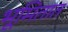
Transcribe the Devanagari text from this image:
भूमितात